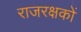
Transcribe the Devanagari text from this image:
राजरक्षकों